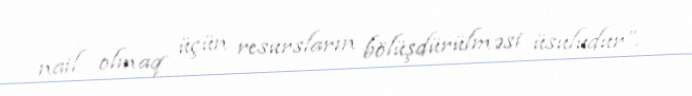
nail olmaq üçün resursların bölüşdürülməsi üsuludur”.